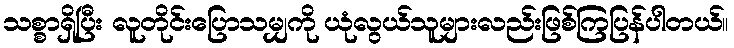
သစ္စာရှိပြီး လူတိုင်းပြောသမျှကို ယုံလွယ်သူများလည်းဖြစ်ကြပြန်ပါတယ်။